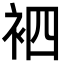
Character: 𮕳